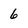
Character: 6